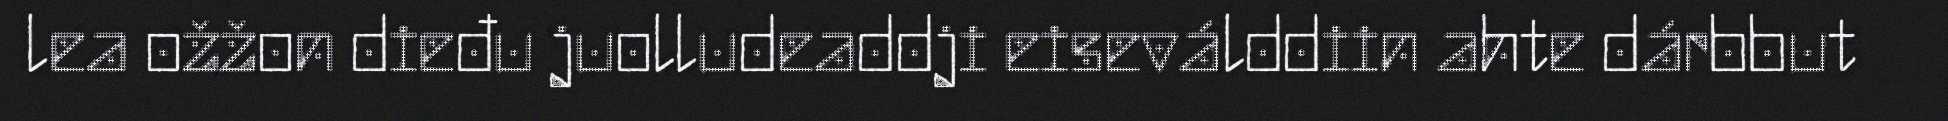
lea ožžon dieđu juolludeaddji eiseválddiin ahte dárbbut